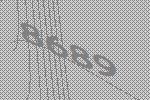
8689